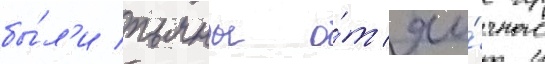
бы́л'и пьяны о́т яи́чного